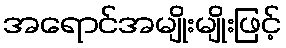
အရောင်အမျိုးမျိုးဖြင့်